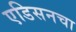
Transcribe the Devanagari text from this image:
एडिसनचा